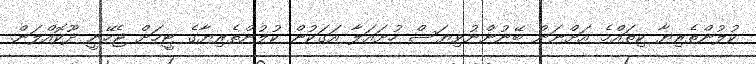
ކުލުންތެރިޔާ ކިތައްމެ އަށްނަން ބޭނުންނުވިޔަސް ހުށައަލާ އަގަކުން ކުލުންތެރިޔާގެ ޓީމަށް ޖެހޭނީ ދޫކޮއްލަން.